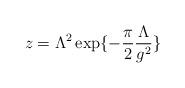
LaTeX: \begin{align*}z=\Lambda^2\exp\{-\frac{\pi}{2}\frac{\Lambda}{g^2}\}\end{align*}